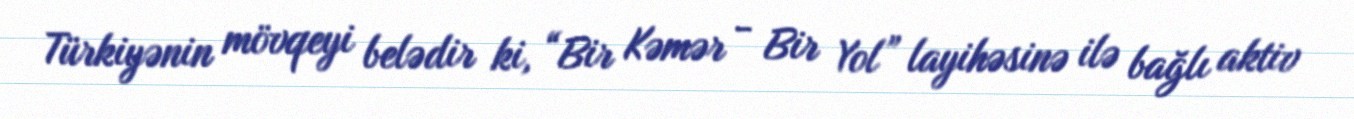
Türkiyənin mövqeyi belədir ki, “Bir Kəmər - Bir Yol” layihəsinə ilə bağlı aktiv